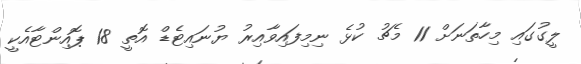
ލީގުގައި މިހާތަނަށް 11 މެޗު ކުޅެ ނިމިފައިވާއިރު ޔުނައިޓެޑް އޮތީ 18 ޕޮއިންޓާއެކީ